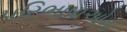
પરિભાષાઓના